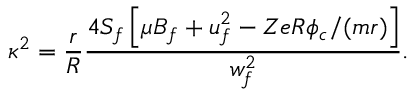
\kappa ^ { 2 } = \frac { r } { R } \frac { 4 S _ { f } \left[ \mu B _ { f } + u _ { f } ^ { 2 } - Z e R \phi _ { c } / ( m r ) \right] } { w _ { f } ^ { 2 } } .